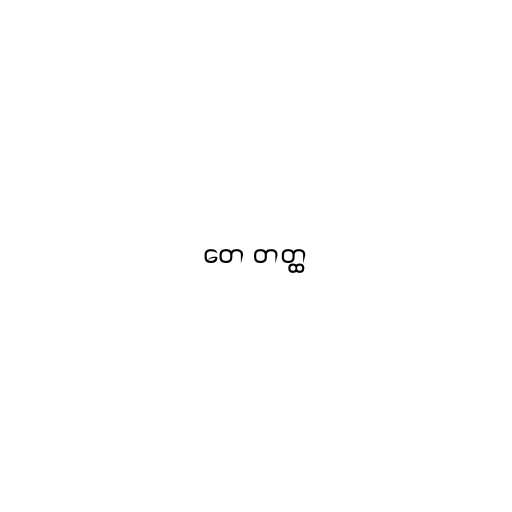
တေ တတ္ထ